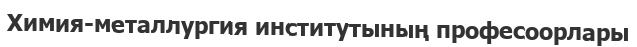
Химия-металлургия институтының професоорлары